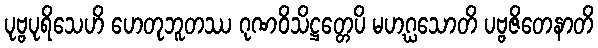
ပုဗ္ဗပုရိသေဟိ ဟေတုဘူတဿ ဂုဏဝိသိဋ္ဌတ္တေပိ မဟဂ္ဃသောတိ ပဗ္ဗဇိတေနာတိ